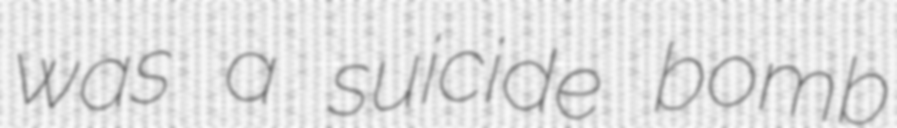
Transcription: was a suicide bomb